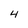
Character: 4